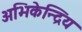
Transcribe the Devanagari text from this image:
अभिकेन्द्रिय